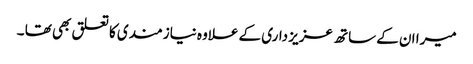
میرا ان کے ساتھ عزیز داری کے علاوہ نیازمندی کا تعلق بھی تھا ۔